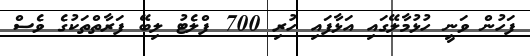
ފަހުން ވަނީ ހުޅުމާލޭގައި އަޅާފައި ހުރި 700 ފްލެޓު ލިބޭ ފަރާތްތަކުގެ ވެސް